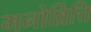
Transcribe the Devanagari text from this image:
मनोव्रित्ति